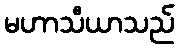
မဟာသီယာသည်